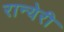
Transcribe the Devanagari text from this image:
रान्येरी